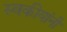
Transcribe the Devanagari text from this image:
स्वकीयांनी